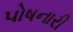
પોષનારી